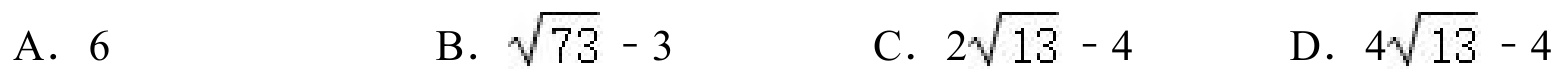
A. \(6\)  B. \(\sqrt{73}-3\)  C. \(2\sqrt{13}-4\)  D. \(4\sqrt{13}-4\)